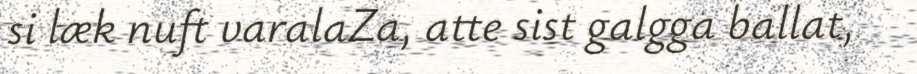
si læk nuft varalaZa, atte sist galgga ballat,